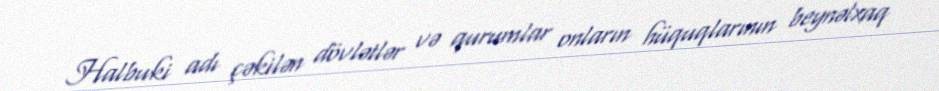
Halbuki adı çəkilən dövlətlər və qurumlar onların hüquqlarının beynəlxaq